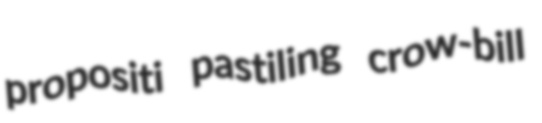
propositi pastiling crow-bill